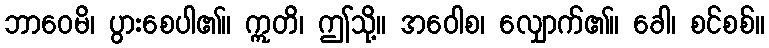
ဘာဝေမိ၊ ပွားစေပါ၏။ ဣတိ၊ ဤသို့။ အဝေါစ၊ လျှောက်၏။ ခေါ၊ စင်စစ်။